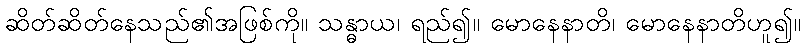
ဆိတ်ဆိတ်နေသည်၏အဖြစ်ကို။ သန္ဓာယ၊ ရည်၍။ မောနေနာတိ၊ မောနေနာတိဟူ၍။